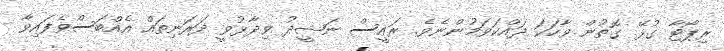
ރިޕޯޓާ ގުޅޭ ގޮތުން ވާހަކަ ދައްކަވަމުންނެވެ. ރައީސް ނަޝީދު ވިދާޅުވީ ދަރަނިތައް އެއްބަސްވެފައިވާ